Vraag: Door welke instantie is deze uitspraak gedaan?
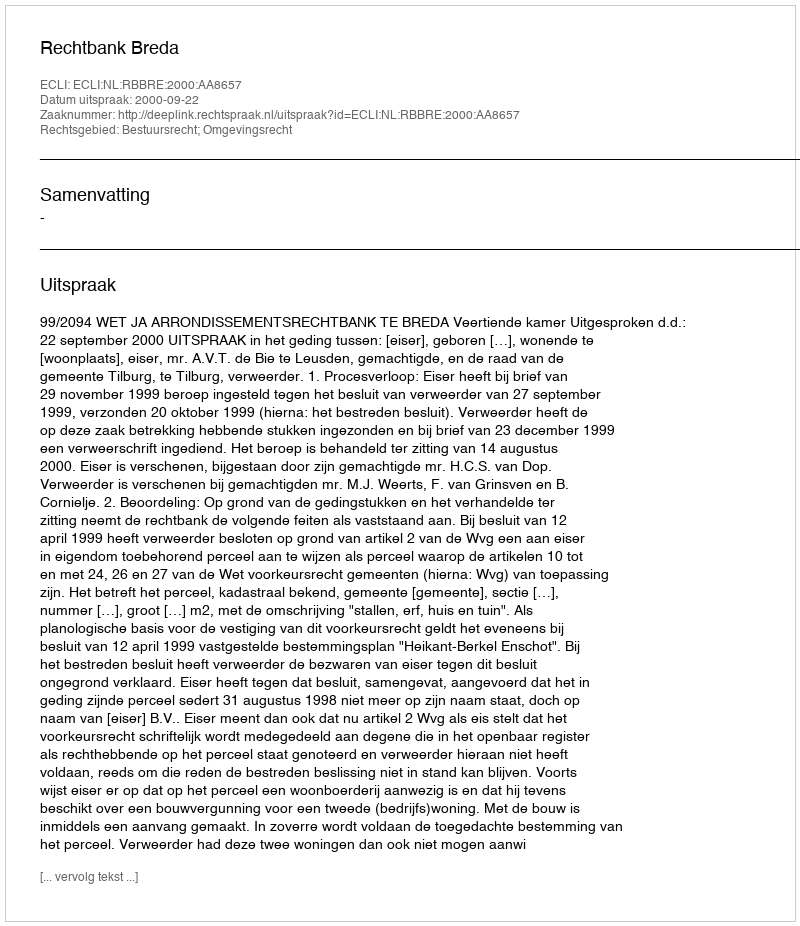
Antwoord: Rechtbank Breda